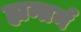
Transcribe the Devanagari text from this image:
ह्यन्तर्न